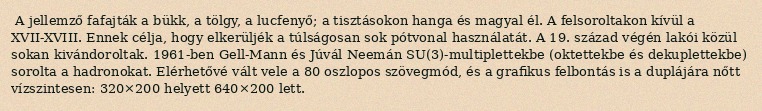
A jellemző fafajták a bükk, a tölgy, a lucfenyő; a tisztásokon hanga és magyal él. A felsoroltakon kívül a XVII-XVIII. Ennek célja, hogy elkerüljék a túlságosan sok pótvonal használatát. A 19. század végén lakói közül sokan kivándoroltak. 1961-ben Gell-Mann és Júvál Neemán SU(3)-multiplettekbe (oktettekbe és dekuplettekbe) sorolta a hadronokat. Elérhetővé vált vele a 80 oszlopos szövegmód, és a grafikus felbontás is a duplájára nőtt vízszintesen: 320×200 helyett 640×200 lett.